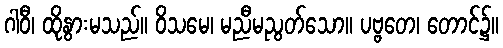
ဂါဝီ၊ ထိုနွားမသည်။ ဝိသမေ၊ မညီမညွတ်သော။ ပဗ္ဗတေ၊ တောင်၌။